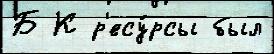
Б К р'есу́рсы был